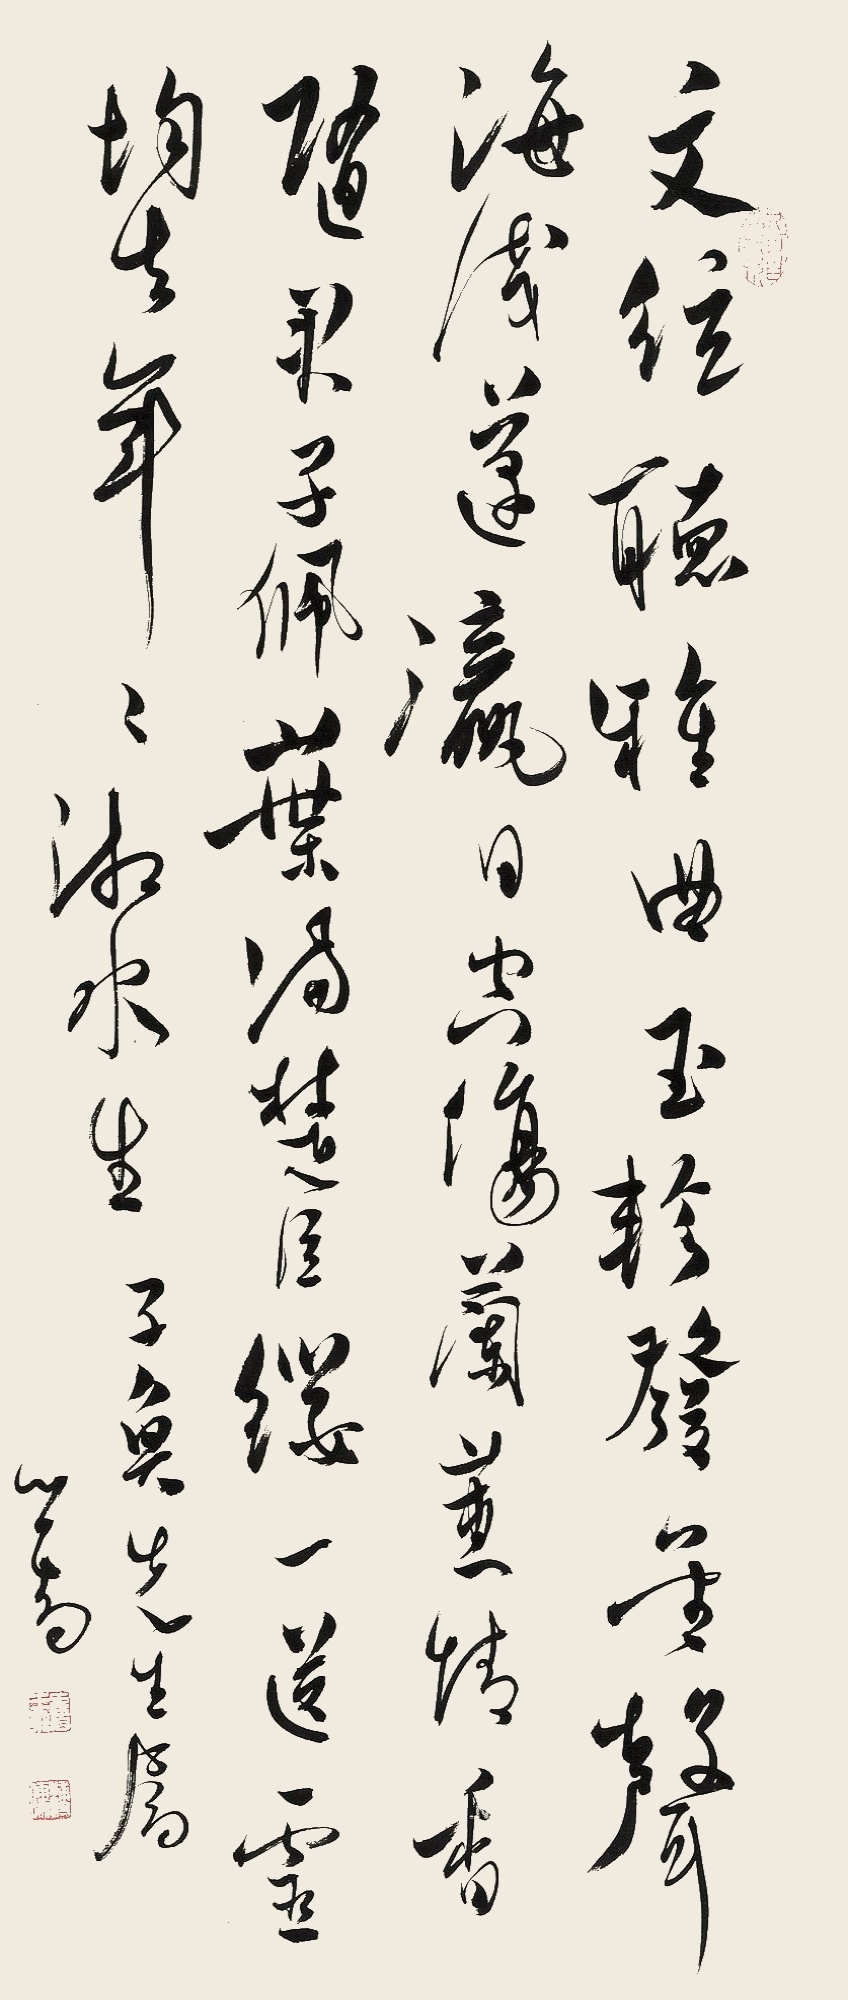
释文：文弦听雅曲，玉轸发金声。海浅蓬瀛日，空伤兰蕙情。香随君子佩，叶满楚臣缨。一送灵均去，年年湘水生。子奂先生属。心畬。